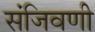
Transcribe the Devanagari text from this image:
संजिवणी